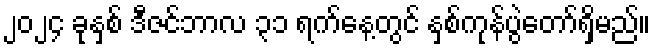
၂၀၂၄ ခုနှစ် ဒီဇင်ဘာလ ၃၁ ရက်နေ့တွင် နှစ်ကုန်ပွဲတော်ရှိမည်။